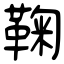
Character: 鞠